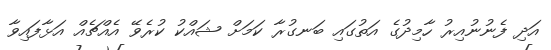
އަދި ފެނުނުއިރު ހާމިދުގެ އަތުގައި ބަނގުރާ ކަމަށް ޝައްކު ކުރެވޭ އެއްޗެއް އަޅާފައިވާ